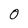
Character: 0